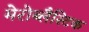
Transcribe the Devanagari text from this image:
मेरोब्लैस्टिक